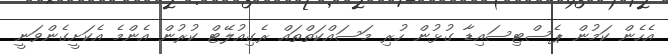
އެހެން ކަމުން ޕެސްޓިސައިޑާ ގުޅުން ހުރި މަސައްކަތްތައް ރެގިއުލޭޓް ކުރުން އެންމެ އެކަށީގެންވަނީ